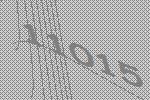
11015